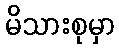
မိသားစုမှာ